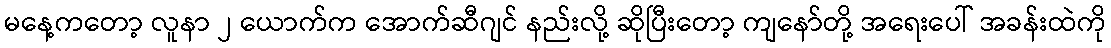
မနေ့ကတော့ လူနာ ၂ ယောက်က အောက်ဆီဂျင် နည်းလို့ ဆိုပြီးတော့ ကျနော်တို့ အရေးပေါ် အခန်းထဲကို